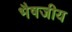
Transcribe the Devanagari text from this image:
भैषजीय